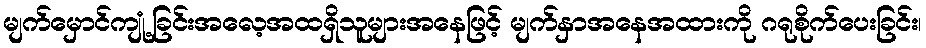
မျက်မှောင်ကျုံ့ခြင်းအလေ့အထရှိသူများအနေဖြင့် မျက်နှာအနေအထားကို ဂရုစိုက်ပေးခြင်း၊